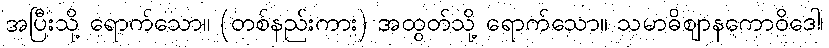
အပြီးသို့ ရောက်သော။ (တစ်နည်းကား) အထွတ်သို့ ရောက်သော။ သမာဓိဈာနကောဝိဒေါ၊